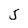
Character: 5